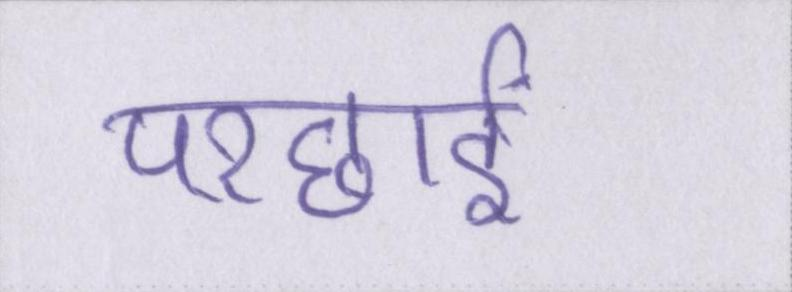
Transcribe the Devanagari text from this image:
परछाईं